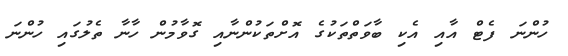
ހުންނަ ފެޓް އާއި އެކި ބާވަތްތަކުގެ އޮށްތަކުންނާއި ގޮވާމުން ހާނާ ތެލުގައި ހުންނަ